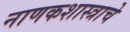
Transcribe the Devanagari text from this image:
नाणकशास्त्राचे